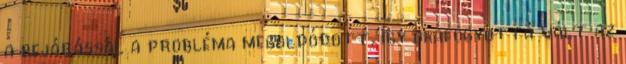
a bejárással a probléma megoldódott, így okafogyottá vált az